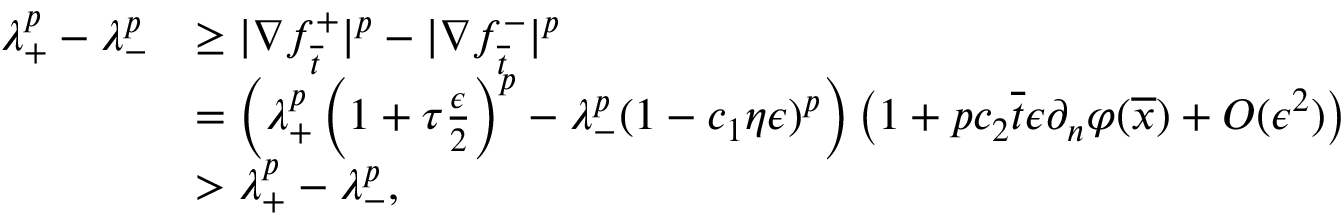
\begin{array} { r l } { \lambda _ { + } ^ { p } - \lambda _ { - } ^ { p } } & { \geq | \nabla f _ { \overline { { t } } } ^ { + } | ^ { p } - | \nabla f _ { \overline { { t } } } ^ { - } | ^ { p } } \\ & { = \left( \lambda _ { + } ^ { p } \left( 1 + \tau \frac { \epsilon } { 2 } \right) ^ { p } - \lambda _ { - } ^ { p } ( 1 - c _ { 1 } \eta \epsilon ) ^ { p } \right) \left( 1 + p c _ { 2 } \overline { { t } } \epsilon \partial _ { n } \varphi ( \overline { { x } } ) + O ( \epsilon ^ { 2 } ) \right) } \\ & { > \lambda _ { + } ^ { p } - \lambda _ { - } ^ { p } , } \end{array}